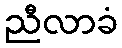
ညီလာခံ